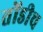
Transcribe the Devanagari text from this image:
तोंडीच